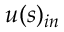
u ( s ) _ { i n }